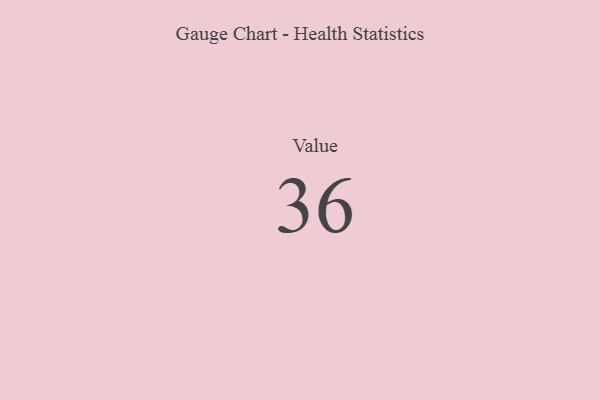
{"axis": {"x": "Metric", "y": "Value"}, "legend": [""], "data": [{"x": "Value", "y": 36, "type": ""}]}